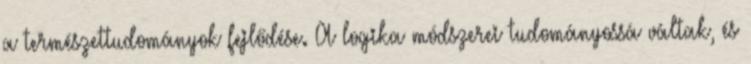
a természettudományok fejlődése. A logika módszerei tudományossá váltak, és